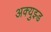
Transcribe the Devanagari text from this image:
अक्युझ्ड